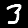
Digit: 3